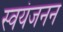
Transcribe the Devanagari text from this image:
स्वयंजनन